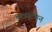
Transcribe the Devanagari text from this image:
चटपटेपन